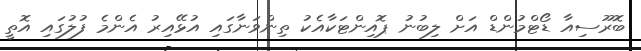
ބޮރޫސިއާ ޑޯޓްމުންޑް އަށް ލިބުނު ޕޮއިންޓަކާއެކު ތިންވަނާގައި އުޅޭއިރު އެންމެ ފުލުގައި އޮތީ